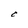
Character: C